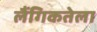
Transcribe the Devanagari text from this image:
लैंगिकतेला